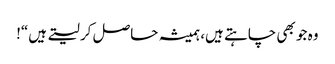
وہ جو بھی چاہتے ہیں، ہمیشہ حاصل کر لیتے ہیں“!